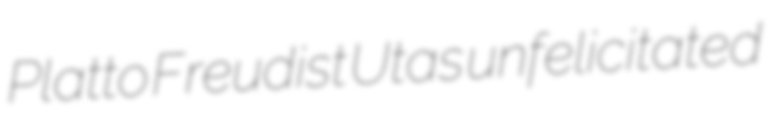
Platto Freudist Utas unfelicitated